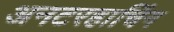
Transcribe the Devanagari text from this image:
अनटरहाचिंग